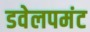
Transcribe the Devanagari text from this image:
डवेलपमंट